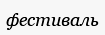
фестиваль